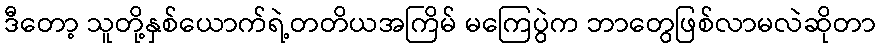
ဒီတော့ သူတို့နှစ်ယောက်ရဲ့တတိယအကြိမ် မကြေပွဲက ဘာတွေဖြစ်လာမလဲဆိုတာ